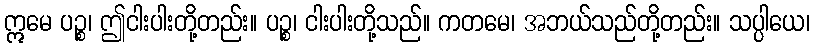
ဣမေ ပဉ္စ၊ ဤငါးပါးတို့တည်း။ ပဉ္စ၊ ငါးပါးတို့သည်။ ကတမေ၊ အဘယ်သည်တို့တည်း။ သပ္ပါယေ၊